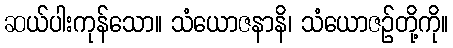
ဆယ်ပါးကုန်သော။ သံယောဇနာနိ၊ သံယောဇဉ်တို့ကို။